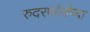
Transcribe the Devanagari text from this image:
रुदरफोर्डच्या